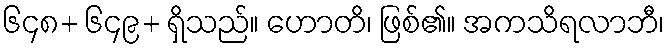
၆၄၈+ ၆၄၉+ ရှိသည်။ ဟောတိ၊ ဖြစ်၏။ အကသိရလာဘီ၊